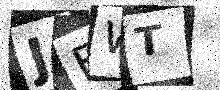
Text: JEWT